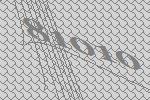
81010